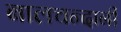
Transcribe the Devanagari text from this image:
बालचन्दानी